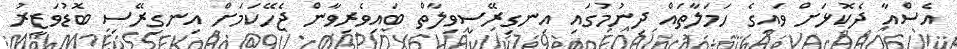
އެސްއާ ދެކޮޅަށް ވައިގެ ހަމަލާތައް ދިނުމުގައި އިނގިރޭސިވިލާތް ބައިވެރިވާން ޖެހޭކަމަށް އިނގިރޭސި ބޮޑުވަޒީރު